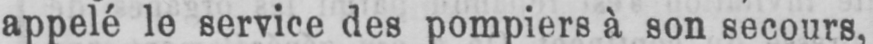
appelé le service des pompiers à son secours,